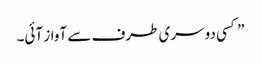
” کسی دوسری طرف سے آواز آئی۔